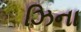
ઝિના